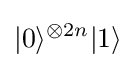
|0\rangle ^{\otimes 2n}|1\rangle